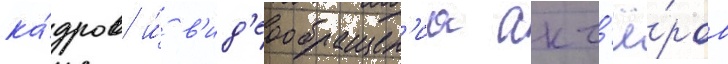
ка́дров и́ в'ид'еообращен'иа акт'ё́ров